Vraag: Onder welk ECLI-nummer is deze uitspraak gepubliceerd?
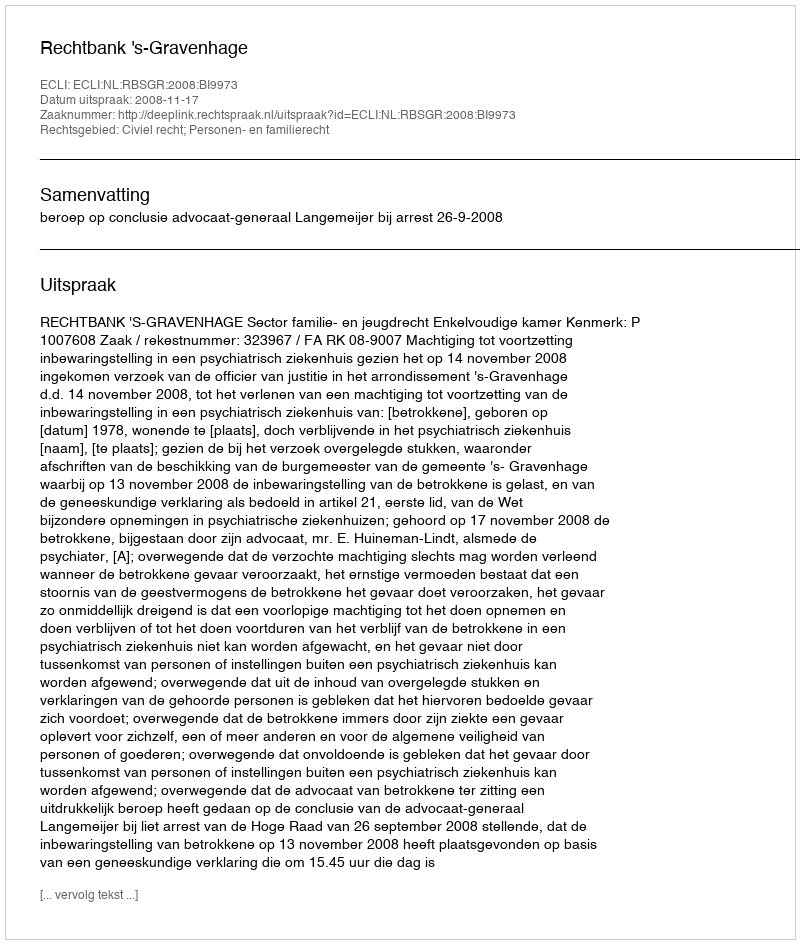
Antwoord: ECLI:NL:RBSGR:2008:BI9973